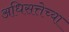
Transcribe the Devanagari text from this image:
अधिसत्तेच्या